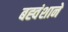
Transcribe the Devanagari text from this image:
बह्वंशाने